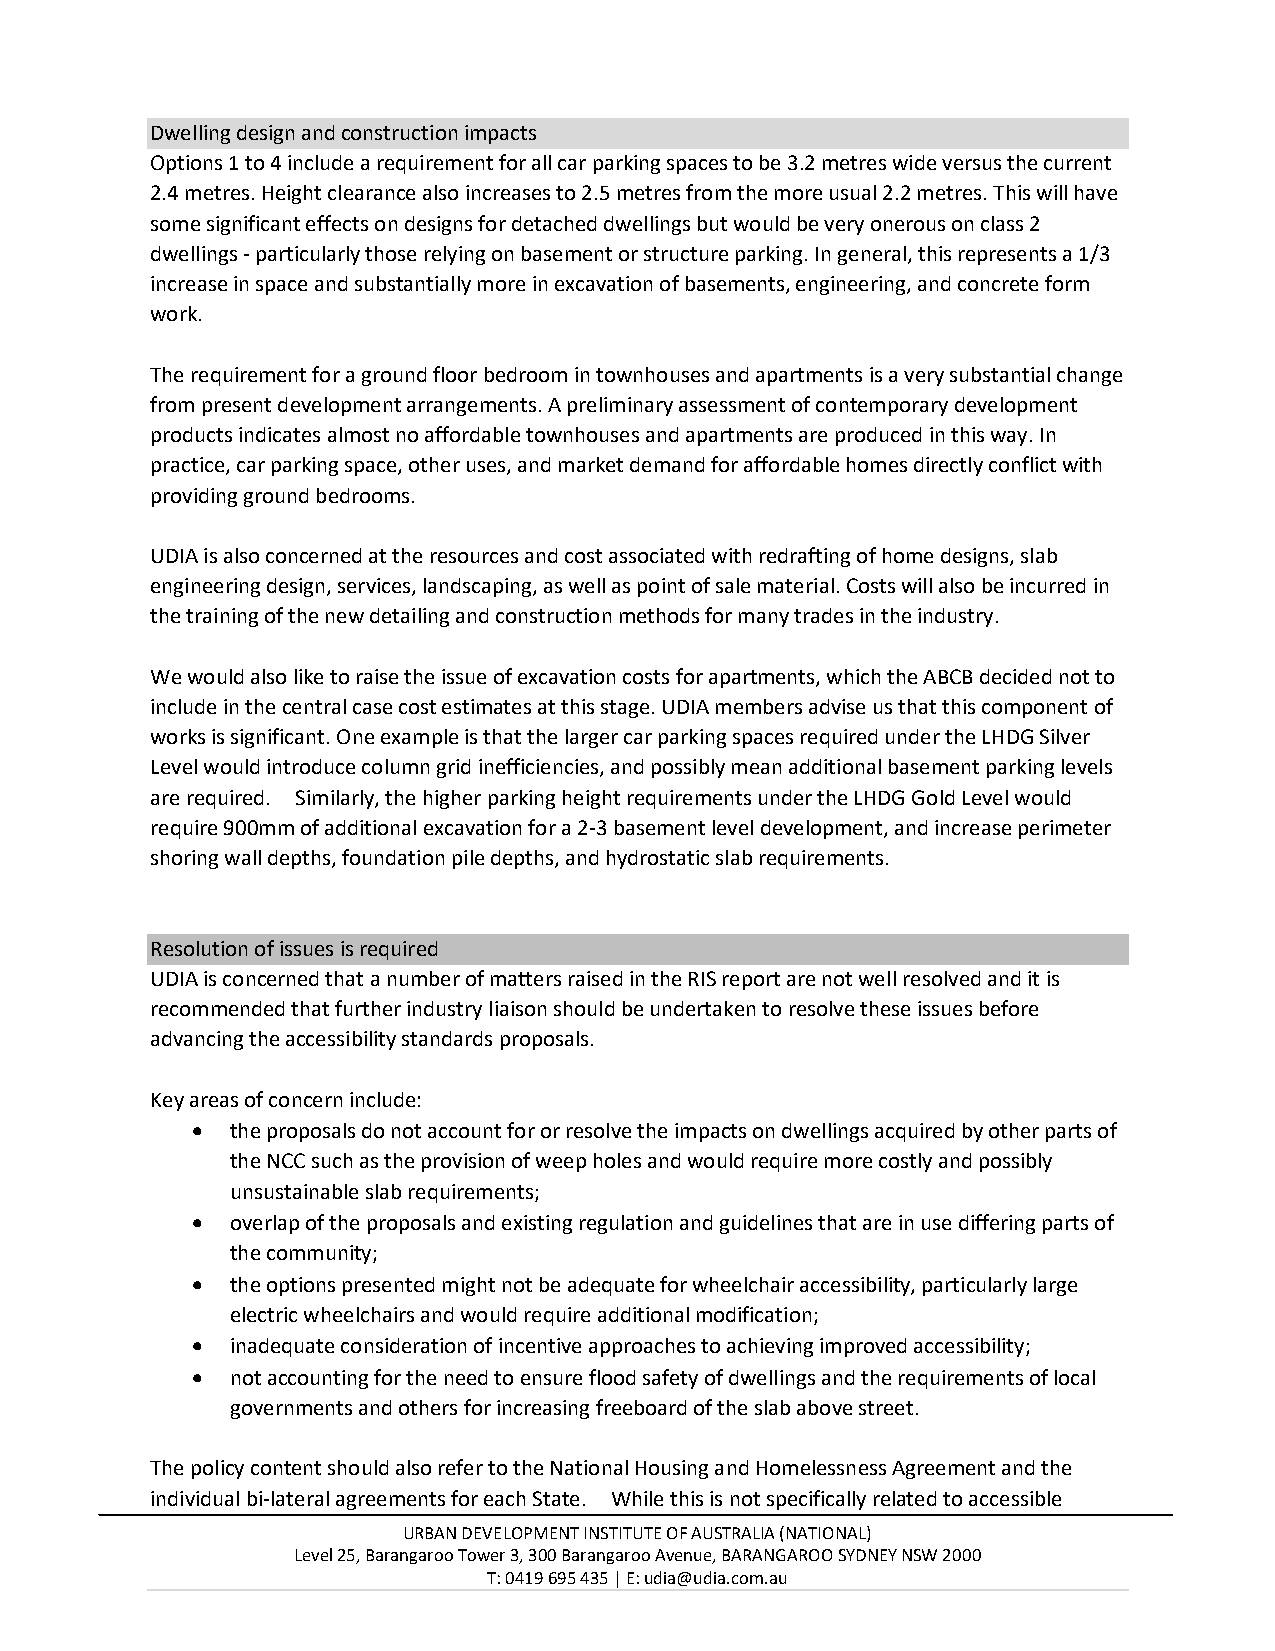
Dwelling design and construction impacts
 Options 1 to 4 include a requirement for all car parking spaces to be 3.2 metres wide versus the current
 2.4 metres. Height clearance also increases to 2.5 metres from the more usual 2.2 metres. This will have
 some significant effects on designs for detached dwellings but would be very onerous on class 2
 dwellings - particularly those relying on basement or structure parking. In general, this represents a 1/3
 increase in space and substantially more in excavation of basements, engineering, and concrete form
 work.
 The requirement for a ground floor bedroom in townhouses and apartments is a very substantial change
 from present development arrangements. A preliminary assessment of contemporary development
 products indicates almost no affordable townhouses and apartments are produced in this way. In
 practice, car parking space, other uses, and market demand for affordable homes directly conflict with
 providing ground bedrooms.
 UDIA is also concerned at the resources and cost associated with redrafting of home designs, slab
 engineering design, services, landscaping, as well as point of sale material. Costs will also be incurred in
 the training of the new detailing and construction methods for many trades in the industry.
 We would also like to raise the issue of excavation costs for apartments, which the ABCB decided not to
 include in the central case cost estimates at this stage. UDIA members advise us that this component of
 works is significant. One example is that the larger car parking spaces required under the LHDG Silver
 Level would introduce column grid inefficiencies, and possibly mean additional basement parking levels
 are required. Similarly, the higher parking height requirements under the LHDG Gold Level would
 require 900mm of additional excavation for a 2-3 basement level development, and increase perimeter
 shoring wall depths, foundation pile depths, and hydrostatic slab requirements.
 Resolution of issues is required
 UDIA is concerned that a number of matters raised in the RIS report are not well resolved and it is
 recommended that further industry liaison should be undertaken to resolve these issues before
 advancing the accessibility standards proposals.
 Key areas of concern include:
 • the proposals do not account for or resolve the impacts on dwellings acquired by other parts of
 the NCC such as the provision of weep holes and would require more costly and possibly
 unsustainable slab requirements;
 • overlap of the proposals and existing regulation and guidelines that are in use differing parts of
 the community;
 • the options presented might not be adequate for wheelchair accessibility, particularly large
 electric wheelchairs and would require additional modification;
 • inadequate consideration of incentive approaches to achieving improved accessibility;
 • not accounting for the need to ensure flood safety of dwellings and the requirements of local
 governments and others for increasing freeboard of the slab above street.
 The policy content should also refer to the National Housing and Homelessness Agreement and the
 individual bi-lateral agreements for each State. While this is not specifically related to accessible
 URBAN DEVELOPMENT INSTITUTE OF AUSTRALIA (NATIONAL)
 Level 25, Barangaroo Tower 3, 300 Barangaroo Avenue, BARANGAROO SYDNEY NSW 2000
 T: 0419 695 435 | E: udia@udia.com.au